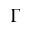
\Gamma